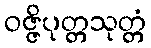
ဝဇ္ဇိပုတ္တသုတ္တံ